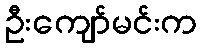
ဦးကျော်မင်းက